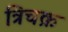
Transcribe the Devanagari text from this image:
त्रिचक्र